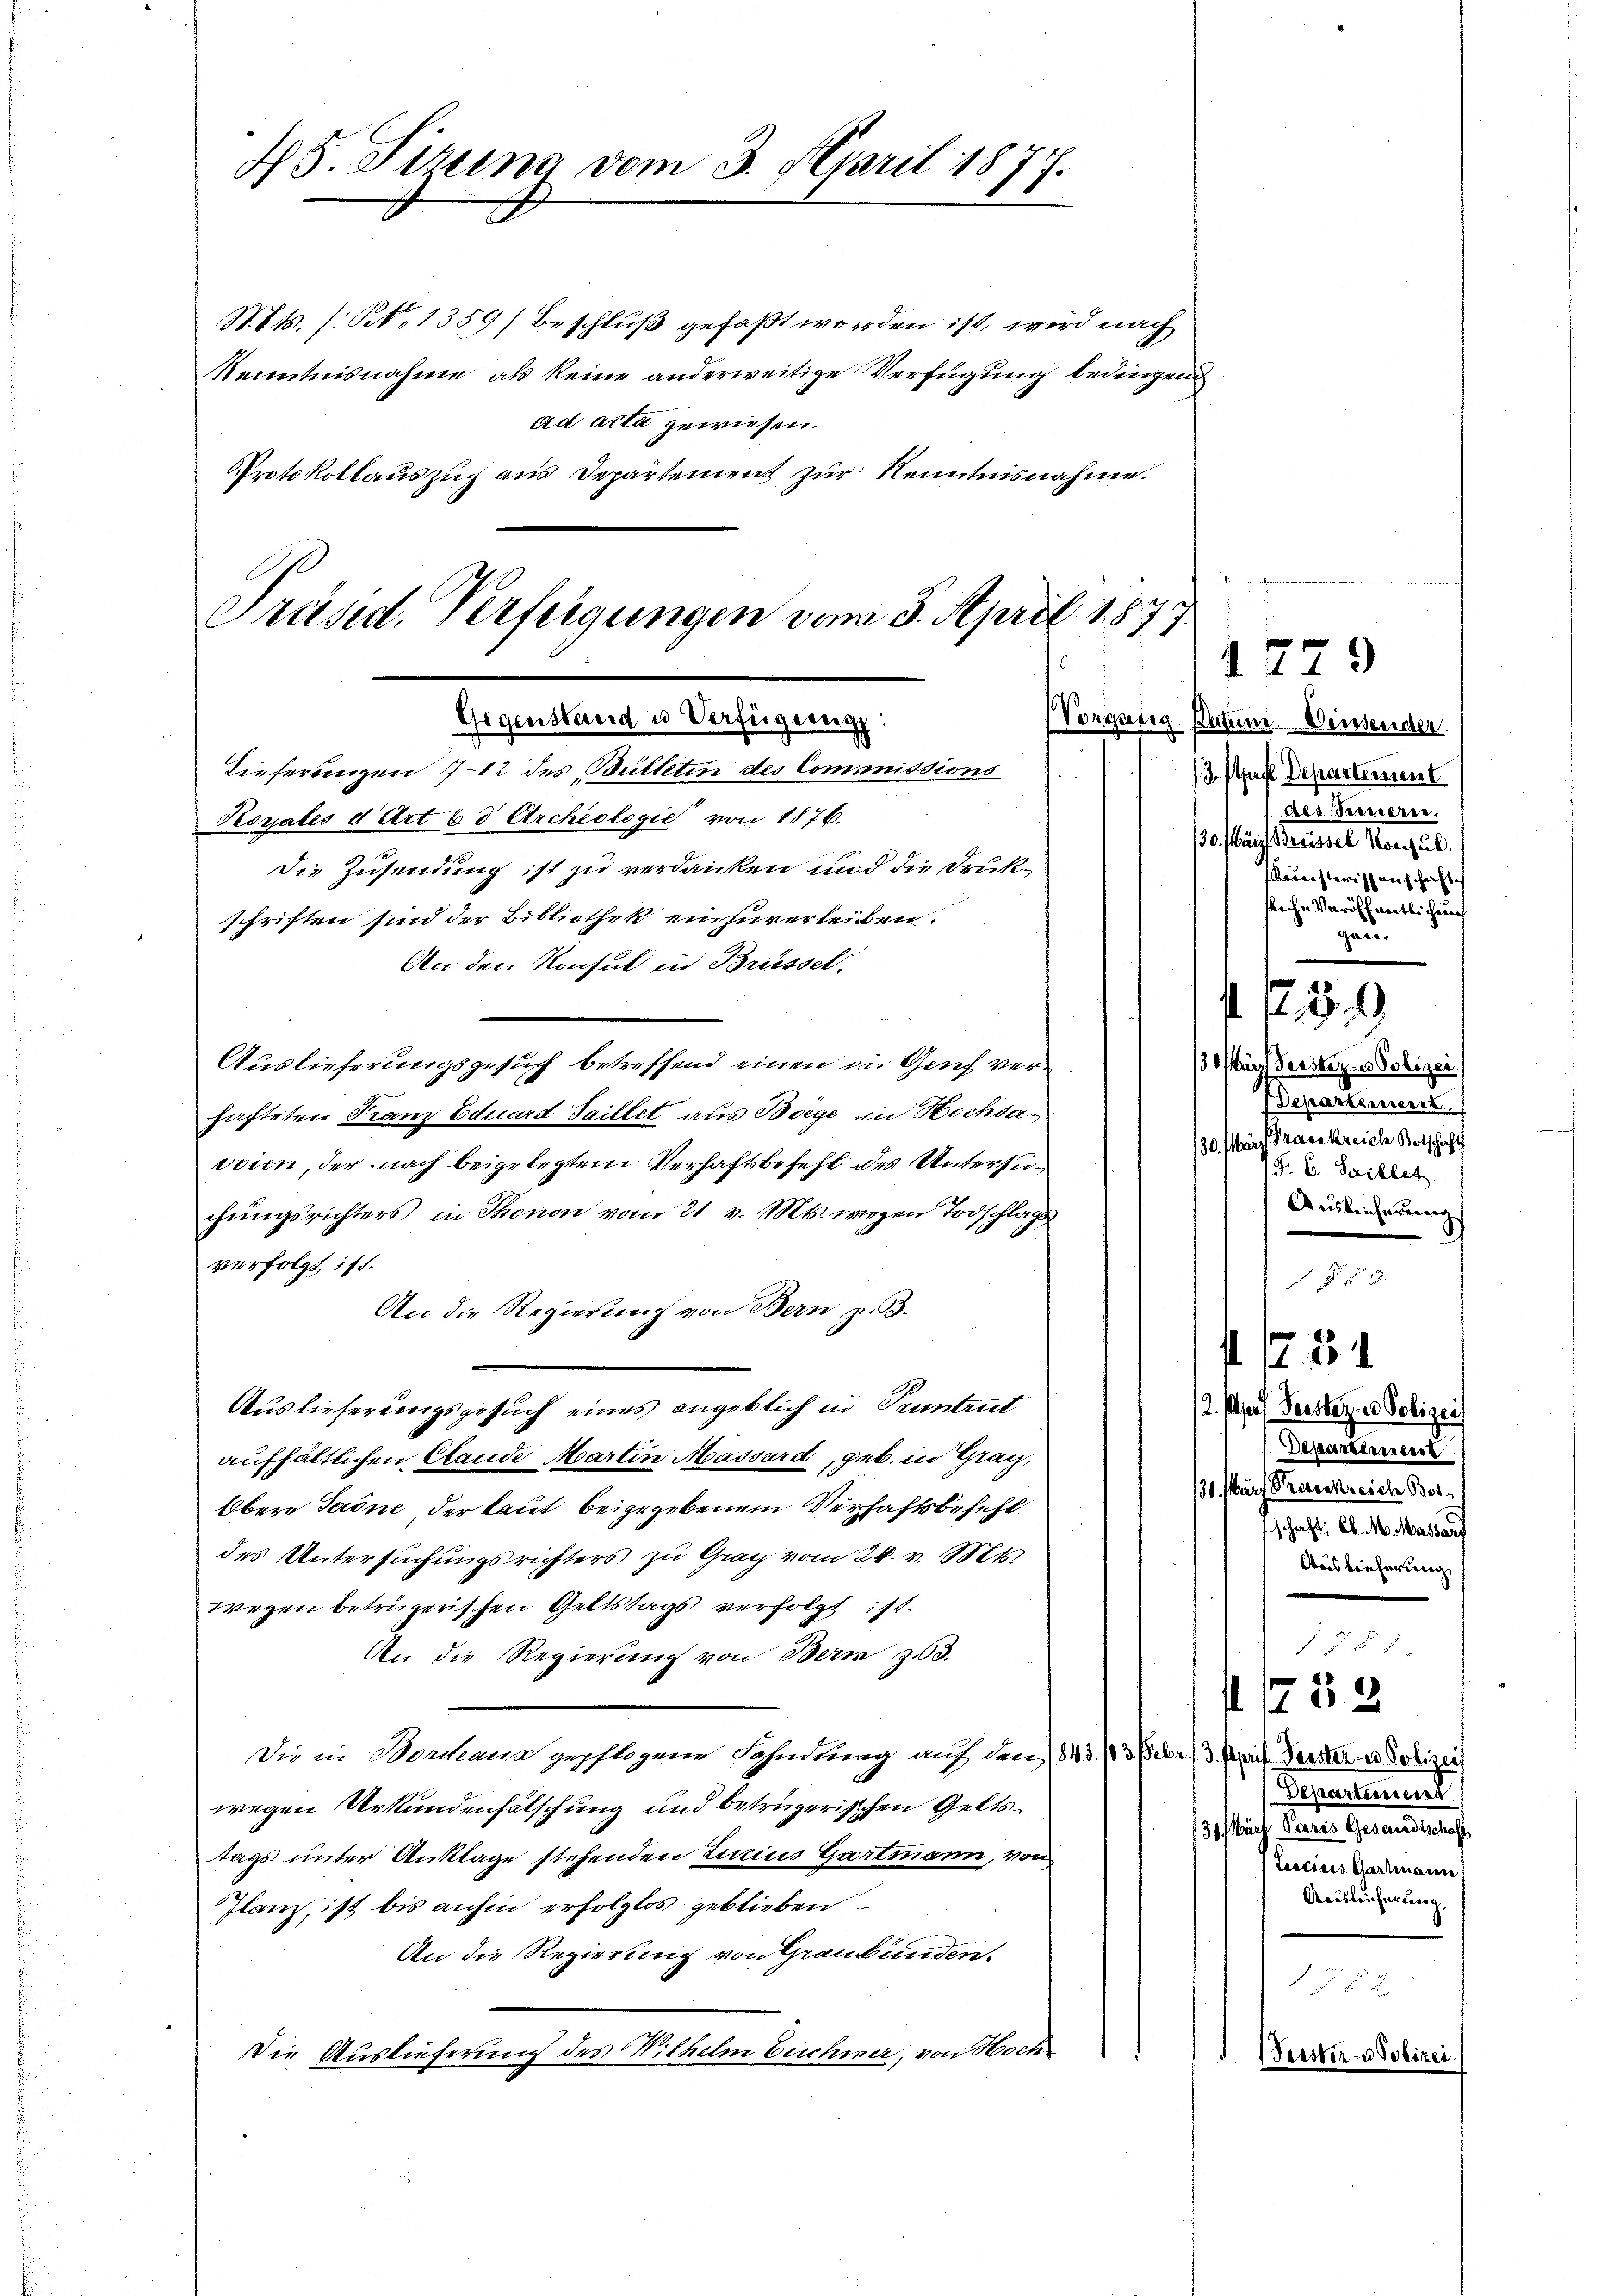
45. Serena vom 3. April 1877.

N.t. /: No 1359) Beschluß gefaßt worden ist, wird nach
Kenntnisnahme als keine anderweitige Verfügung bedingen
ad acta gewiesen.
Protokollauszug aus Departement zur Kenntnisnahme.

Präsid. Verfügungen vom 3. April 1877.
Gegenstand u. Verfügung:
Dieferungen 7-12 des Bülleten des Commissions
Koyales d. Art. 60 Archeologie von 1876.

Die Zusendung ist zu verdanken und die Drukschriften sind der Bibliothek einzuverleiben.
An den Konsul in Brüssel
Auslieferungsgesuch betreffend einen in Grief verhafteten Franz Eduard Saillet aus Boege in Hochsavoien, der nach beigelegtem Verhaftsbefehl des Untersuchungsrichters in Thonon vom 21. v. Mts. wegen Todschlags
verfolgt ist.
An die Regierung von Bern z. B.
Auslieferungsgesuch eines angeblich in Tuntrut
aufhältlichen Stande Martin Massard, geb. in Graz,
Obern Tadne, der laut beigegebenem Verhaftsbefehl
des Untersuchungsrichters zu Graz vom 24. v. Mts.
wegen betrügerischen Geltstags verfolgt ist.
An die Regierung von Bern 303.
Die in Dorthana gepflogene Fahndung auf den 1843. 113 Febr. 3. April Verster Polizei
wegen Urkundenfälschung und betrügerischen Geltstags unter Anklage stehenden Zurius Gartmann, von
Ilanz ist bis anhin erfolglos geblieben.
An die Regierung von Graubünden.
Die Auslieferung des Wilhelm Buchmer, von Hoch

1779
(Vorgang. Patum Diessender
/3. straft Departement.
des Ferieren.
30. März Grausser Konsul
Meisterissenschaft
kliche Veröffentlichen
gar.

s. f. 59
/3 März derstiz- u Polizei
Departement
30. auf Fraenkreiche Kotschaft
G. B. Seillet.
Auslieferung

u

s. 1. 31
Departement
130. März Strassekreiche Bot
schaft, Ob. M. Massard
Ausreicherung

12. Morf Perster in Polizei

Departement
flich Pare Gesandtenf
Lescisis Gartenannte
Auslicherung

1787.
/5 8

1752
Feister- u Polizei.